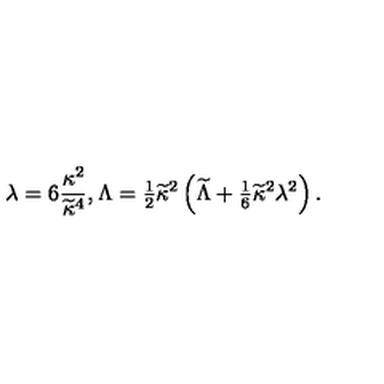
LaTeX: \lambda = 6 { \frac { \kappa ^ { 2 } } { \widetilde \kappa ^ { 4 } } } , \Lambda = { \textstyle { \frac { 1 } { 2 } } } \widetilde \kappa ^ { 2 } \left( \widetilde { \Lambda } + { \textstyle { \frac { 1 } { 6 } } } \widetilde \kappa ^ { 2 } \lambda ^ { 2 } \right) .